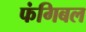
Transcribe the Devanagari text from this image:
फंगिबल